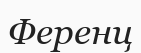
Ференц